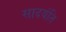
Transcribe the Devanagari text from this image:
सादयंति